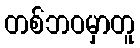
တစ်ဘဝမှာတူ